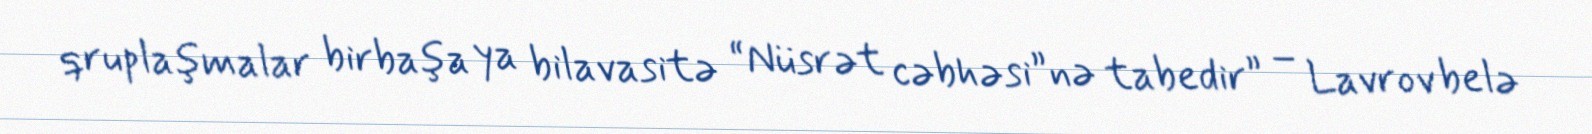
qruplaşmalar birbaşa ya bilavasitə “Nüsrət cəbhəsi”nə tabedir” – Lavrov belə